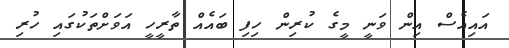
އައިއެސް އިން ވަނީ މީގެ ކުރިން ހިފި ބައެއް ތާރީހީ އަވަށްތަކުގައި ހުރި